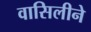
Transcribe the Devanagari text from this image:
वासिलीने